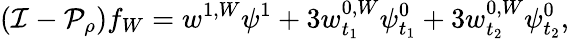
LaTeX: (\mathcal{I}-\mathcal{P}_{\rho})f_{W}=w^{1,W}\psi^{1}+3w_{t_{1}}^{0,W}\psi_{t_{1}}^{0}+3w_{t_{2}}^{0,W}\psi_{t_{2}}^{0},